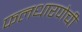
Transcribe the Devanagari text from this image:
फलधारणेची